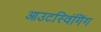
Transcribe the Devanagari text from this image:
आउटस्विंगिंग